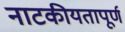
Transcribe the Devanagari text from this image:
नाटकीयतापूर्ण